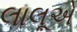
લાલૂએ